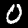
Digit: 0